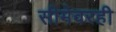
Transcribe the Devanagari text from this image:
सीमेवरही